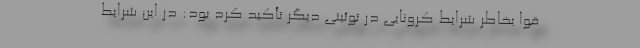
قوا بخاطر شرایط کرونایی در توئیتی دیگر تأکید کرد بود: در این شرایط